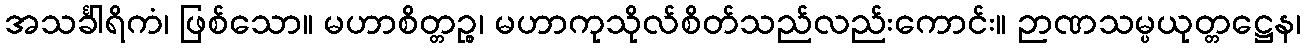
အသင်္ခါရိကံ၊ ဖြစ်သော။ မဟာစိတ္တဉ္စ၊ မဟာကုသိုလ်စိတ်သည်လည်းကောင်း။ ဉာဏသမ္ပယုတ္တဋ္ဌေန၊